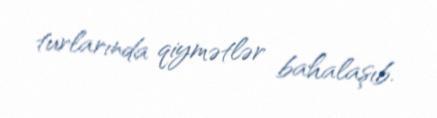
turlarında qiymətlər bahalaşıb.